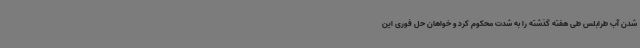
شدن آب طرابلس طی هفته گذشته را به شدت محکوم کرد و خواهان حل فوری این